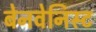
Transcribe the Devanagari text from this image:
बेनवेनिस्ट